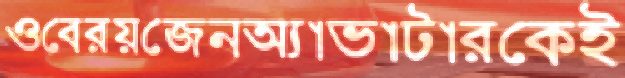
ওবেরয়জেনঅ্যাভাটারকেই